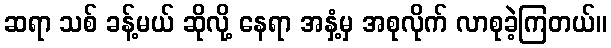
ဆရာ သစ် ခန့်မယ် ဆိုလို့ နေရာ အနှံ့မှ အစုလိုက် လာစုခဲ့ကြတယ်။